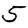
Digit: 5